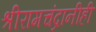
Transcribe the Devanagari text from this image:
श्रीरामचंद्रानीही